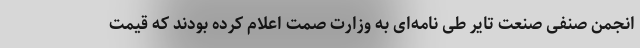
انجمن صنفی صنعت تایر طی نامه‌ای به وزارت صمت اعلام کرده بودند که قیمت